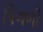
પિગળી